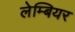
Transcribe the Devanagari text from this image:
लेम्बियर